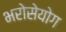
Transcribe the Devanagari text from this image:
भरोसेयोग